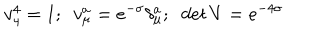
v _ { 4 } ^ { 4 } = 1 ; ~ ~ v _ { \mu } ^ { a } = e ^ { - \sigma } \delta _ { \mu } ^ { a } ; ~ ~ { \it d e t } ~ V = e ^ { - 4 \sigma }